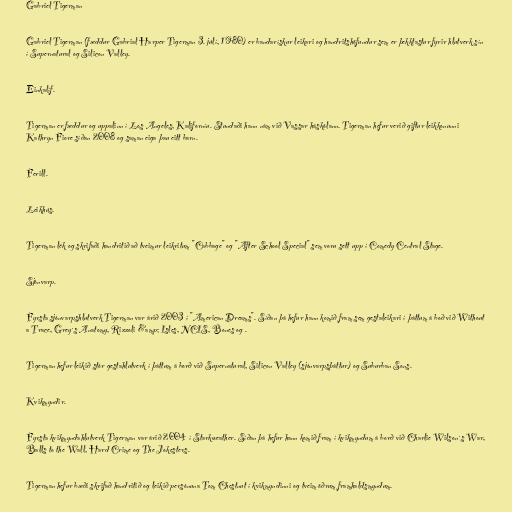
Gabriel Tigerman

Gabriel Tigerman (fæddur Gabrial Harper Tigerman 3. júlí, 1980) er bandarískur leikari og handritshöfundur sem er þekktastur fyrir hlutverk sín
í Supernatural og Silicon Valley.

Einkalíf.

Tigerman er fæddur og uppalinn í Los Angeles, Kaliforníu. Stundaði hann nám við Vassar háskólann. Tigerman hefur verið giftur leikkonunni
Kathryn Fiore síðan 2008 og saman eiga þau eitt barn.

Ferill.

Leikhús.

Tigerman lék og skrifaði handritið að tveimur leikritum "Cabbage" og "After School Special" sem voru sett upp í Comedy Central Stage.

Sjónvarp.

Fyrsta sjónvarpshlutverk Tigerman var árið 2003 í "American Dreams". Síðan þá hefur hann komið fram sem gestaleikari í þáttum á boð við Without
a Trace, Grey´s Anatomy, Rizzoli &amp; Isles, NCIS, Bones og .

Tigerman hefur leikið stór gestahlutverk í þáttum á borð við Supernatural, Silicon Valley (sjónvarpsþáttur) og Suburban Sons.

Kvikmyndir.

Fyrsta kvikmyndahlutverk Tigerman var árið 2004 í Starkweather. Síðan þá hefur hann komið fram í kvikmyndum á borð við Charlie Wilson´s War,
Balls to the Wall, Hard Crime og The Jokesters.

Tigerman hefur bæði skrifað handritið og leikið persónuna Tom Chestnut í kvikmyndinni og tveim öðrum framhaldsmyndum.